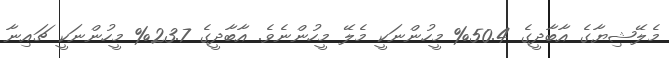
މެލޭޝިޔާގެ އާބާދީގެ 50.4% މީހުންނަކީ މެލޭ މީހުންނެވެ. އާބާދީގެ 23.7% މީހުންނަކީ ޗައިނާ